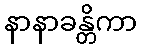
နာနာခန္တိကာ